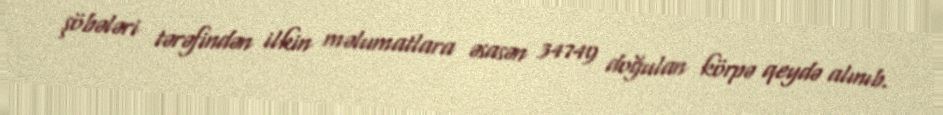
şöbələri tərəfindən ilkin məlumatlara əsasən 34749 doğulan körpə qeydə alınıb.